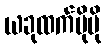
ယခုထက်ပိုမို